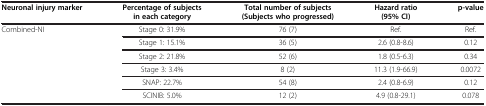
<table><thead><tr><td><b>Neuronal injury marker</b></td><td><b>Percentage of subjects in each category</b></td><td><b>Total number of subjects (Subjects who progressed)</b></td><td><b>Hazard ratio (95% CI)</b></td><td><b>p-value</b></td></tr></thead><tbody><tr><td>Combined-NI</td><td>Stage 0: 31.9%</td><td>76 (7)</td><td>Ref.</td><td>Ref.</td></tr><tr><td> </td><td>Stage 1: 15.1%</td><td>36 (5)</td><td>2.6 (0.8-8.6)</td><td>0.12</td></tr><tr><td> </td><td>Stage 2: 21.8%</td><td>52 (6)</td><td>1.8 (0.5-6.3)</td><td>0.34</td></tr><tr><td> </td><td>Stage 3: 3.4%</td><td>8 (2)</td><td>11.3 (1.9-66.9)</td><td>0.0072</td></tr><tr><td> </td><td>SNAP: 22.7%</td><td>54 (8)</td><td>2.4 (0.8-6.9)</td><td>0.12</td></tr><tr><td> </td><td>SCINIB: 5.0%</td><td>12 (2)</td><td>4.9 (0.8-29.1)</td><td>0.078</td></tr></tbody></table>